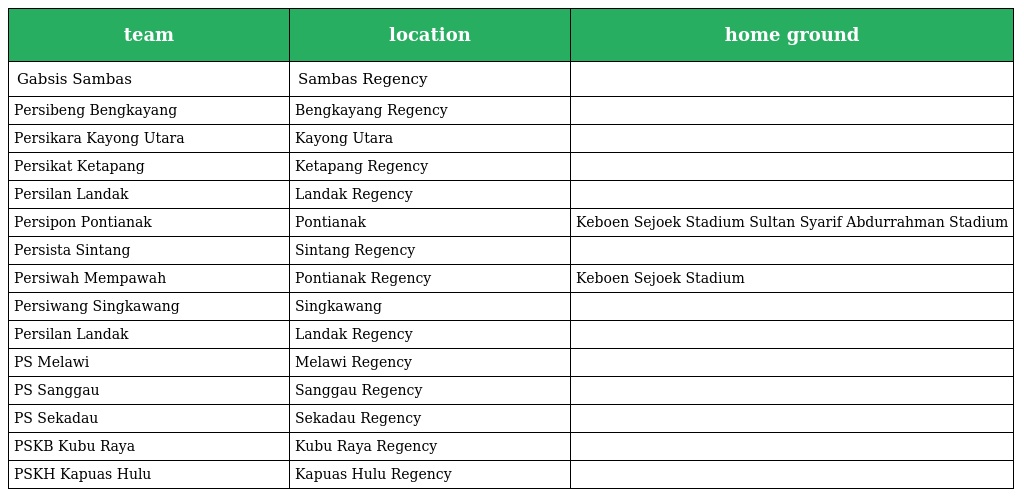
| team | location | home ground |
 | --- | --- | --- |
 | Gabsis Sambas | Sambas Regency |  |
 | Persibeng Bengkayang | Bengkayang Regency |  |
 | Persikara Kayong Utara | Kayong Utara |  |
 | Persikat Ketapang | Ketapang Regency |  |
 | Persilan Landak | Landak Regency |  |
 | Persipon Pontianak | Pontianak | Keboen Sejoek Stadium Sultan Syarif Abdurrahman Stadium |
 | Persista Sintang | Sintang Regency |  |
 | Persiwah Mempawah | Pontianak Regency | Keboen Sejoek Stadium |
 | Persiwang Singkawang | Singkawang |  |
 | Persilan Landak | Landak Regency |  |
 | PS Melawi | Melawi Regency |  |
 | PS Sanggau | Sanggau Regency |  |
 | PS Sekadau | Sekadau Regency |  |
 | PSKB Kubu Raya | Kubu Raya Regency |  |
 | PSKH Kapuas Hulu | Kapuas Hulu Regency |  |